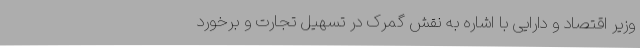
وزیر اقتصاد و دارایی با اشاره به نقش گمرک در تسهیل تجارت و برخورد